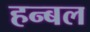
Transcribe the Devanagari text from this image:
हन्बल